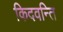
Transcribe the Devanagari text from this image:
किदवन्ति